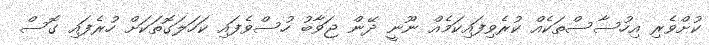
ކުށްވެރި އިހުސާސްތަކެއް ކުރެވިފައިކަމެއް ނޫނީ ދޭން ޖަވާބު ހުސްވެފައި ކަހަލަގޮތަކަށް ހުރެފައި ގޮސް